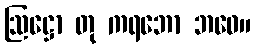
ဩဋ္ဌော တု ကရဘော ဘဝေ။